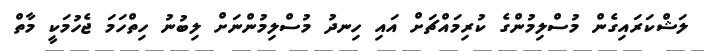
ލަޝްކަރައިގެން މުސްލިމުންގެ ކުރިމައްޗަށް އައި ހިނދު މުސްލިމުންނަށް ލިބުނު ހިތްހަމަ ޖެހުމަކީ މާތް